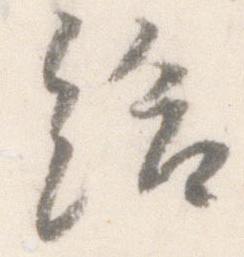
給